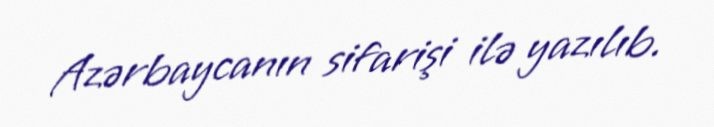
Azərbaycanın sifarişi ilə yazılıb.